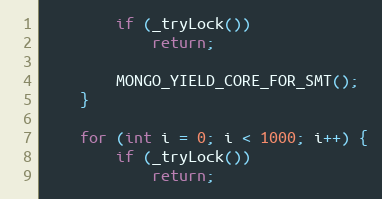
Language: C++
        if (_tryLock())
            return;

        MONGO_YIELD_CORE_FOR_SMT();
    }

    for (int i = 0; i < 1000; i++) {
        if (_tryLock())
            return;